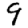
Digit: 9